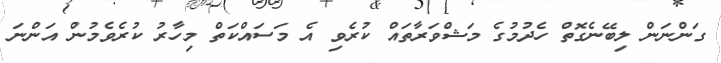
ގަންނަން ލިބޭނެގޮތް ހެދުމުގެ މަޝްވަރާތައް ކުރެވި އެ މަސައްކަތް މިހާރު ކުރެވެމުން އަންނަ